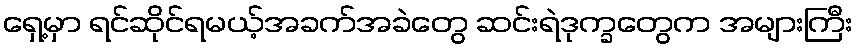
ရှေ့မှာ ရင်ဆိုင်ရမယ့်အခက်အခဲတွေ ဆင်းရဲဒုက္ခတွေက အများကြီး